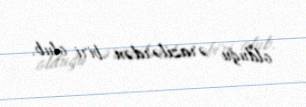
olduğu ərazilərdən biri olub.